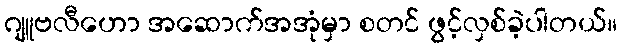
ဂျူဗလီဟော အဆောက်အအုံမှာ စတင် ဖွင့်လှစ်ခဲ့ပါတယ်။